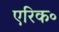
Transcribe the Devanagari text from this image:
एरिक॰